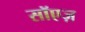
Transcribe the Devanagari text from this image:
सॉएज़